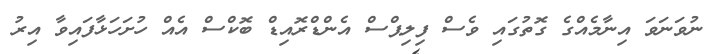
ނުވަނަވަ އިނާމެއްގެ ގޮތުގައި ވެސް ފިލިޕްސް އެންޑްރޮއިޑް ބޮކްސް އެއް ހުށަހަޅާފައިވާ އިރު